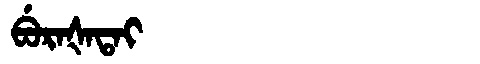
Manchu: ᠪᡠᡵᠠᡧᠠᡨᠠᡳ
Romanization: BURAŠATAI